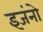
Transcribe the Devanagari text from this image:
इजंनो